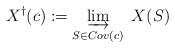
LaTeX: \begin{align*}X^{\dagger}(c) := \varinjlim_{S \in Cov(c)} \ X(S)\end{align*}